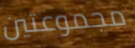
مجموعتين